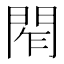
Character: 𨴃